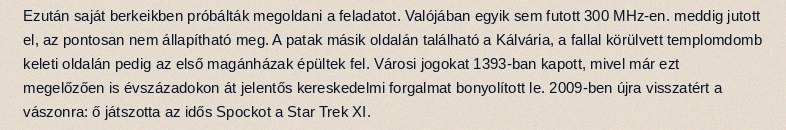
Ezután saját berkeikben próbálták megoldani a feladatot. Valójában egyik sem futott 300 MHz-en. meddig jutott el, az pontosan nem állapítható meg. A patak másik oldalán található a Kálvária, a fallal körülvett templomdomb keleti oldalán pedig az első magánházak épültek fel. Városi jogokat 1393-ban kapott, mivel már ezt megelőzően is évszázadokon át jelentős kereskedelmi forgalmat bonyolított le. 2009-ben újra visszatért a vászonra: ő játszotta az idős Spockot a Star Trek XI.